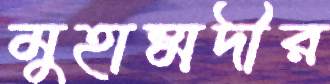
মুহাম্মদীর